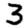
Digit: 3